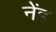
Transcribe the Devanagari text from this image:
नेंड